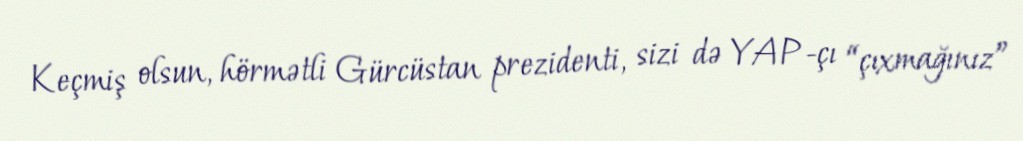
Keçmiş olsun, hörmətli Gürcüstan prezidenti, sizi də YAP-çı “çıxmağınız”